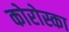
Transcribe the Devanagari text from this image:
कोरोस्का